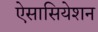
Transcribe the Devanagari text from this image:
ऐसासियेशन